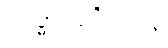
သဒ္ဓါပဗ္ဗဇိတာနံ